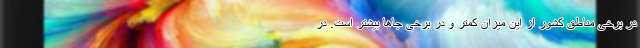
در برخی مناطق کشور از این میزان کمتر و در برخی جاها بیشتر است. در